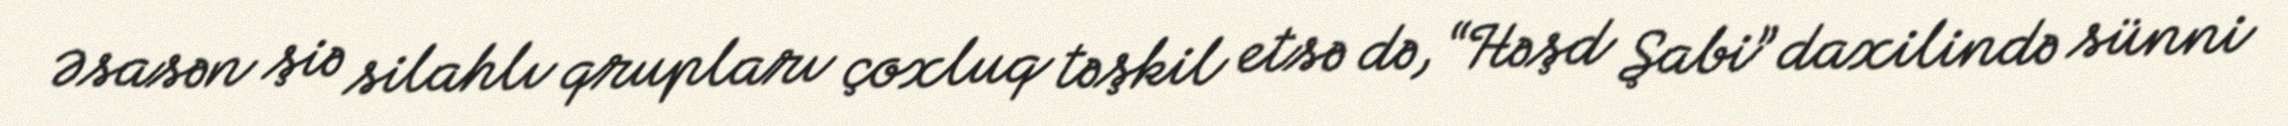
Əsasən şiə silahlı qrupları çoxluq təşkil etsə də, “Həşd Şabi” daxilində sünni